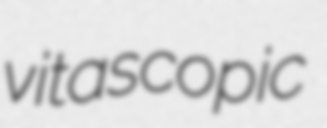
vitascopic